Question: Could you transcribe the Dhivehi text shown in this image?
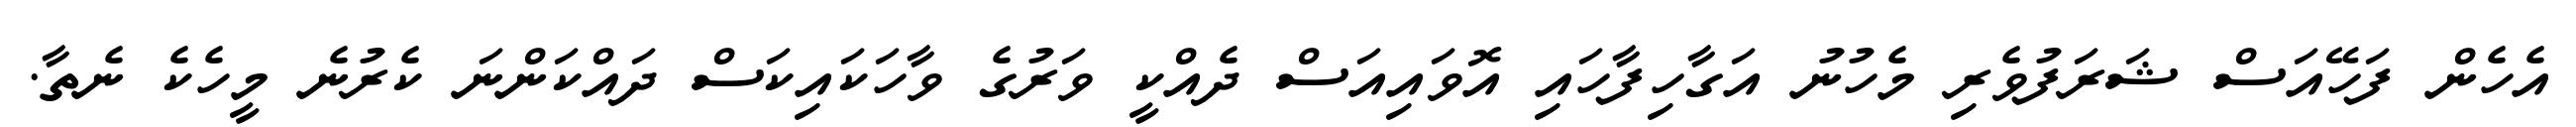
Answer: އެހެން ފަހޭއަސް ޝަރަފުވެރި މެހުނު އަގާހިފާހައި އޮވައިއަސް ދެއްކީ ވަރުގެ ވާހަކައިކަސް ދައްކަންނަ ކެރުނެ މީހެކެ ނެތާ.